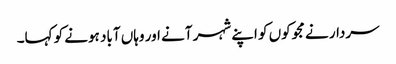
سردار نے مجوکوں کو اپنے شہر آنے اور وہاں آباد ہونے کو کہا۔